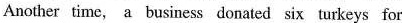
Another time, a business donated six turkeys for